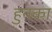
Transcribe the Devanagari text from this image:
हुनका